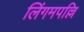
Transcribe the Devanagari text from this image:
लिंगमपल्लि